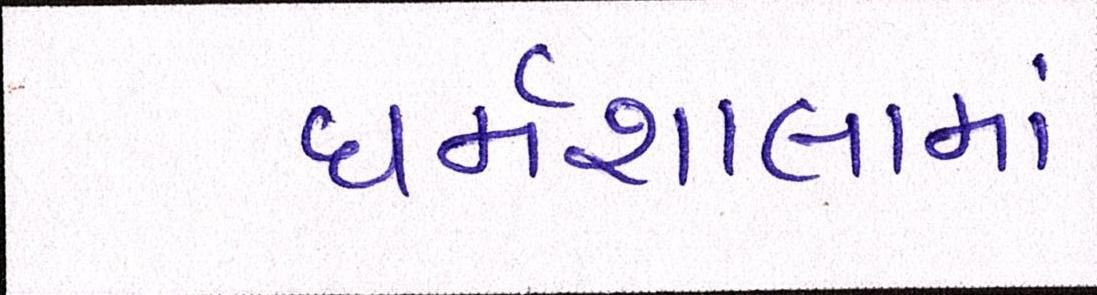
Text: ધર્મશાલામાં